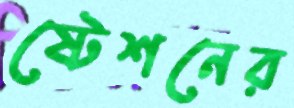
ষ্টেশনের